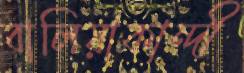
বালিয়াকান্দী